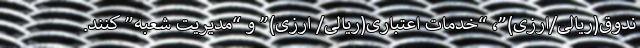
ندوق(ریالی/ارزی)”، “خدمات اعتباری(ریالی/ ارزی)” و “مدیریت شعبه” کنند.